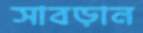
সাবড়ান